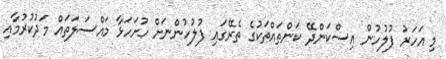
މި އަހަރު ފުލުހުން އިސްކަންދޭ ކަންތައްތަކުގެ ތެރޭގައި ފުލުހުންނަށް ހުށަހަޅާ މައްސަލަތައް މަދުކުރުމާއި